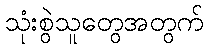
သုံးစွဲသူတွေအတွက်